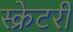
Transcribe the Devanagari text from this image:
स्क्रेटरी